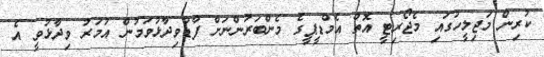
ކުރިން މަޖިލީހުގައި މެޖޯރިޓީ އޮތް އެމްޑީޕީގެ މެންބަރުންނަށް ފާޑުވިދާޅުވަމުން އުމަރު ވިދާޅުވީ އެ